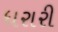
ધરારી